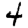
Digit: 4